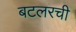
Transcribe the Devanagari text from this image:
बटलरची